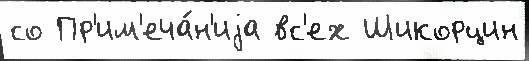
со Пр'им'еча́н'иjа вс'ех Шикорцин